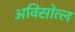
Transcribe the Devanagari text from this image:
अविसोत्ल